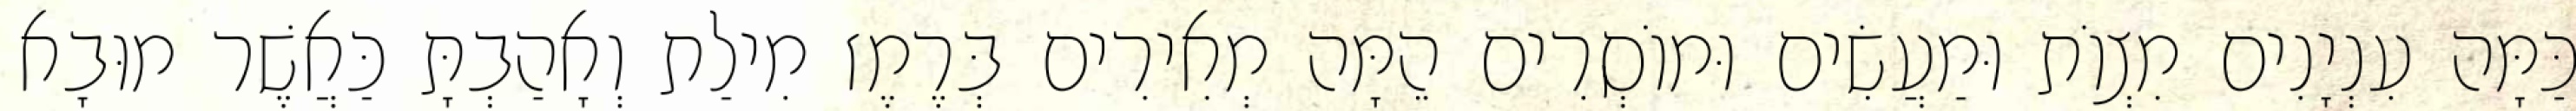
כַּמָּה עִנְיָנִים מִצְוֹת וּמַעֲשִׂים וּמוֹסְרִים הֵמָּה מְאִירִים בְּרֶמֶז מִילַת וְאָהַבְתָּ כַּאֲשֶׁר מוּבָא